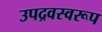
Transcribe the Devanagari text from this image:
उपद्रवस्वरूप